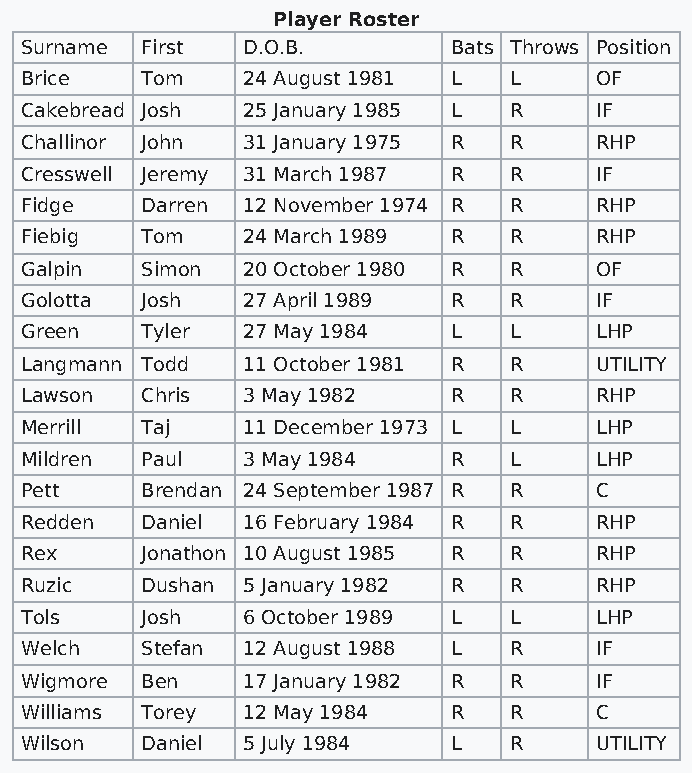
Player Roster
 Surname First  D.O.B.        Bats Throws Position
 Brice   Tom    24 August 1981 L  L    OF
 Cakebread Josh 25 January 1985 L R    IF
 Challinor John 31 January 1975 R R    RHP
 Cresswell Jeremy 31 March 1987 R R    IF
 Fidge   Darren 12 November 1974 R R   RHP
 Fiebig  Tom    24 March 1989 R   R    RHP
 Galpin  Simon  20 October 1980 R R    OF
 Golotta Josh   27 April 1989 R   R    IF
 Green   Tyler  27 May 1984   L   L    LHP
 Langmann Todd  11 October 1981 R R    UTILITY
 Lawson  Chris  3 May 1982    R   R    RHP
 Merrill Taj    11 December 1973 L L   LHP
 Mildren Paul   3 May 1984    R   L    LHP
 Pett    Brendan 24 September 1987 R R C
 Redden  Daniel 16 February 1984 R R   RHP
 Rex     Jonathon 10 August 1985 R R   RHP
 Ruzic   Dushan 5 January 1982 R  R    RHP
 Tols    Josh   6 October 1989 L  L    LHP
 Welch   Stefan 12 August 1988 L  R    IF
 Wigmore Ben    17 January 1982 R R    IF
 Williams Torey 12 May 1984   R   R    C
 Wilson  Daniel 5 July 1984   L   R    UTILITY